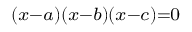
\scriptstyle ( x - a ) ( x - b ) ( x - c ) = 0